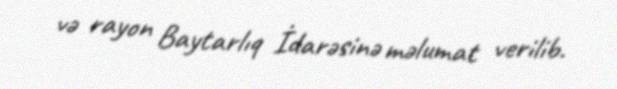
və rayon Baytarlıq İdarəsinə məlumat verilib.